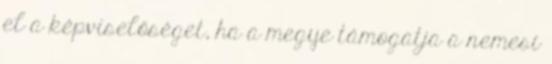
el a képviselőséget, ha a megye támogatja a nemesi